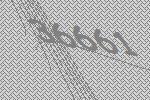
36661